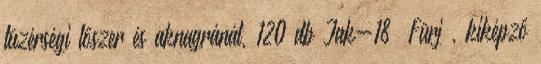
tüzérségi lőszer és aknagránát, 120 db Jak-18 „Fürj”, kiképző